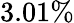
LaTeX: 3.01\%